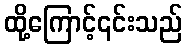
ထို့ကြောင့်၎င်းသည်